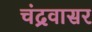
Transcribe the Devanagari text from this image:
चंद्रवासर